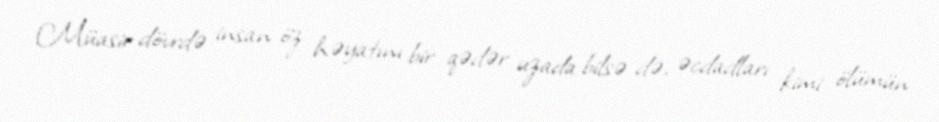
Müasir dövrdə insan öz həyatını bir qədər uzada bilsə də, əcdadları kimi ölümün